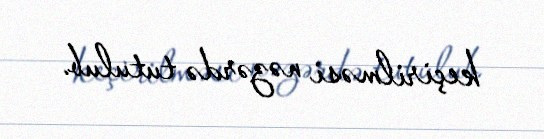
keçirilməsi nəzərdə tutulub.